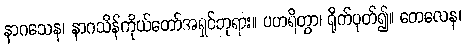
နာဂသေန၊ နာဂသိန်ကိုယ်တော်အရှင်ဘုရား။ ပဟရိတွာ၊ ရိုက်ပုတ်၍။ တေလေန၊